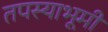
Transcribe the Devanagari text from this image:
तपस्याभूमी